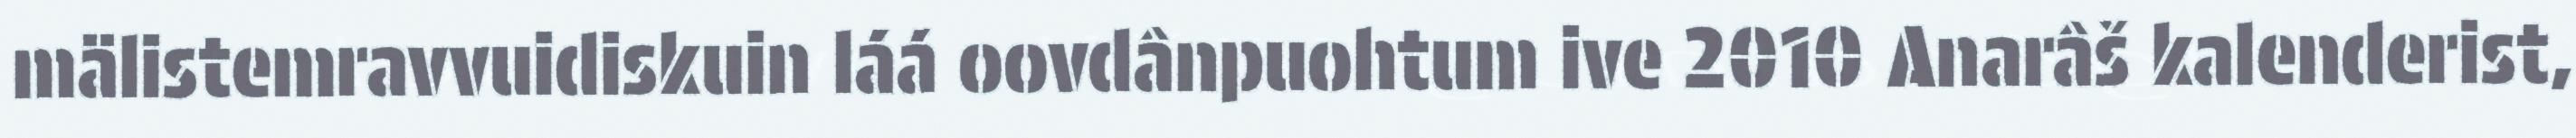
mälistemravvuidiskuin láá oovdânpuohtum ive 2010 Anarâš kalenderist,